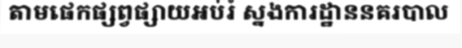
តាមផេកផ្សព្វផ្សាយអប់រំ ស្នងការដ្ឋាននគរបាល